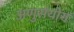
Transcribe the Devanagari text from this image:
अणुसंयोग